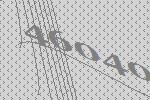
46040